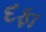
દફા